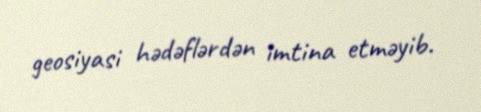
geosiyasi hədəflərdən imtina etməyib.